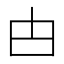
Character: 甴